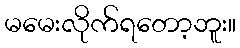
မမေးလိုက်ရတော့ဘူး။